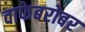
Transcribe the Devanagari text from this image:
वाफेबरोबर